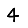
Digit: 4